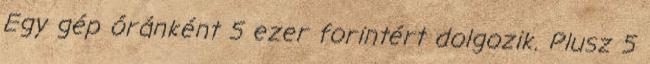
Egy gép óránként 5 ezer forintért dolgozik. Plusz 5